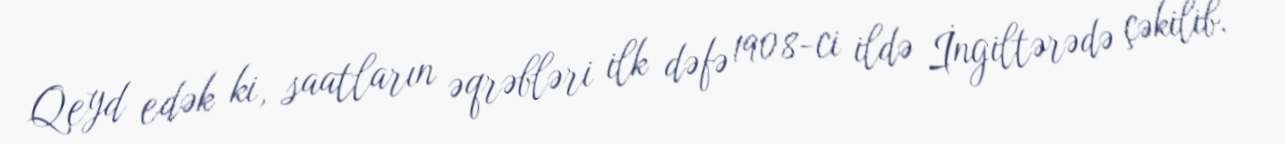
Qeyd edək ki, saatların əqrəbləri ilk dəfə 1908-ci ildə İngiltərədə çəkilib.